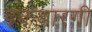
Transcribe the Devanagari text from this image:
इकबारगी